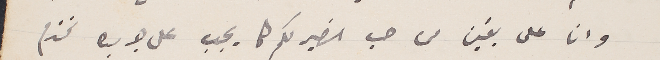
وانا على يقين من حب النصير لكم كما يجب على جريده تخدم